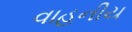
વાહનીય